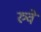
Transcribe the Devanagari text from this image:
रुवे